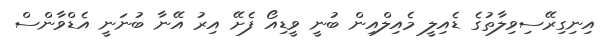
އިނިގިރޭސިވިލާތުގެ ޑެއިލީ މެއިލްއިން ބުނީ ވީޑިއޯ ފެށޭ އިރު އޭނާ ބުނަނީ އެޑްވާންސް